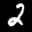
Label: 2